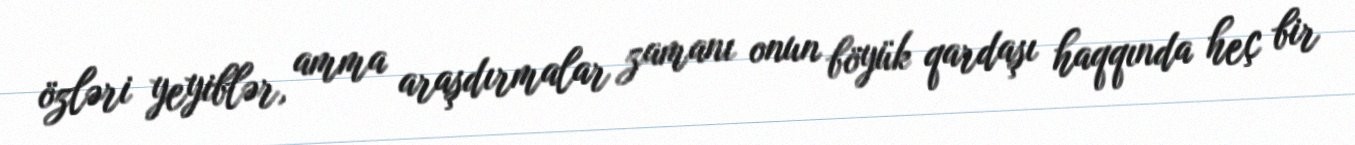
özləri yeyiblər, amma araşdırmalar zamanı onun böyük qardaşı haqqında heç bir